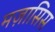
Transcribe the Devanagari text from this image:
मज़ासिस